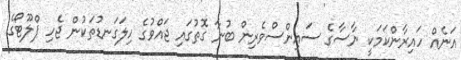
އަނެއް ހައިރާންކަމަކީ ނާސާގެ ސައިންސްވެރިން ބުނާ ގޮތުގައި ޖައްވުގެ ހިލަގަނޑުތަކުން ޖެހި ޕްލޫޓޯގެ